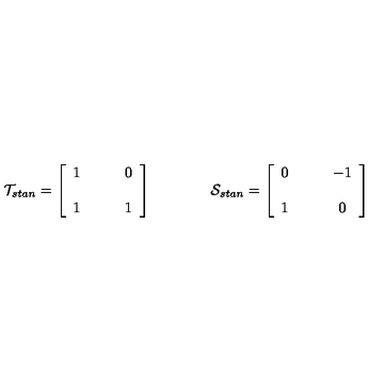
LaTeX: { \cal T } _ { s t a n } = \left[ \begin{array} { c c } { 1 } & { \qquad 0 } \\ { } & { } \\ { 1 } & { \qquad 1 } \\ \end{array} \right] \qquad \qquad { \cal S } _ { s t a n } = \left[ \begin{array} { c c } { 0 } & { \qquad - 1 } \\ { } & { } \\ { 1 } & { \qquad 0 } \\ \end{array} \right]